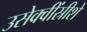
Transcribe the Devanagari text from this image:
उसेक्वींस्रीशे